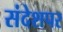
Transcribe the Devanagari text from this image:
संदेशपर